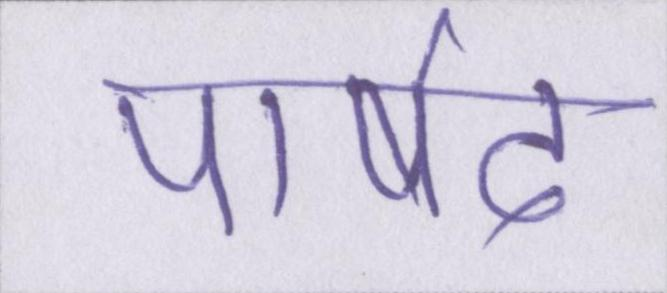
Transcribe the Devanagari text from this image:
पार्षद